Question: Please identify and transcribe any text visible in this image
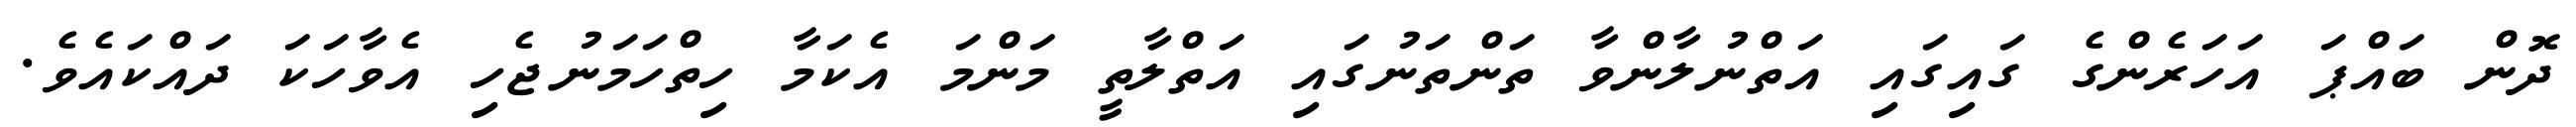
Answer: ދޮން ބައްޕަ އަހަރެންގެ ގައިގައި އަތްނުލާންވާ ތަންތަނުގައި އަތްލާތީ މަންމަ އެކަމާ ހިތްހަމަނުޖެހި އެވާހަކަ ދައްކައެވެ.